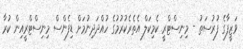
ވަޒީފާގެ ފުރުސަތު - މިނިސްޓްރީ ކެމިކަލް އެތެރެކުރުމުގެ ހުއްދަދިނުމަށް ޑިފެންސް މިނިސްޓްރީއިން ކުރާ